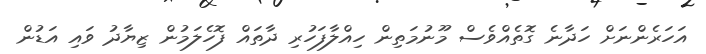
އަހަރެންނަށް ހަދާނެ ގޮތެއްވެސް މޫނުމަތިން ހިއްލާފަހުރި ދާތައް ފޮހެލަމުން ޒިޔާދު ވައި އަޑުން